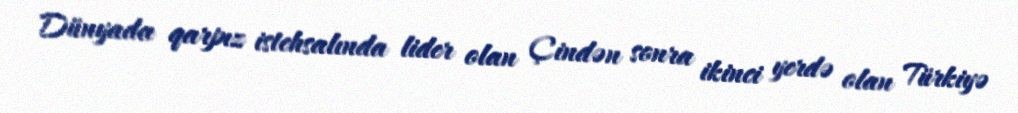
Dünyada qarpız istehsalında lider olan Çindən sonra ikinci yerdə olan Türkiyə